Vital statistics of India. Vol. VI, European troops 1870-79
Year: 1870
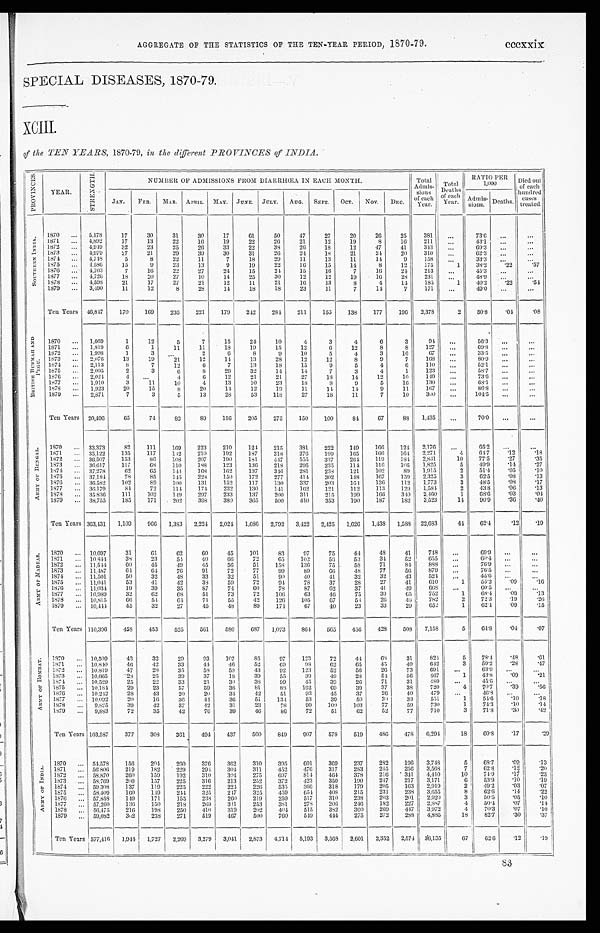
AGGREGATE OF THE STATISTICS OF THE TEN-YEAR PERIOD, 1870-79. cccxxix
SPECIAL DISEASES, 1870-79.
XCIII.
of the TEN YEARS, 1870-79, in the different PROVINCES of INDIA.
P R O V I N C E S .
YEAR.
S T R E N G T H .
NUMBER OF ADMISSIONS FROM DIARRHŒA IN EACH MONTH.
Total
Admis-
sions o f e a c h
Y e a
r .
Total D e a t h s
o f e a c h
Year.
RATIO PE
R
1,000
Died out
o f e a c h
hundred
c a s e s
treated.
JAN. FEB. MAR. APRIL.MAY. JUNE. JULY. AUG. SEPT. OCT. NOV. DEC.
A d m i s - s i o n s
Deaths.
S O U T H E R N I N D I A .
1870 ... 5,178
17
30
31
30
17
61
50
4 7 27
20
26
25
381 ...
73. 6
...
...
1871 ... 4,892
17
13
22
16
19
22
26
21
12
19
8
16 211
...
43. 1
...
...
1872 ... 4,949
32
23
25
26
33
22
38
26
18
12
47
41
343
. . .
69. 3
...
. . .
1873 ... 4,979
27
21
29
39
30
31
26
24
18
21
24
20
310
...
6 2 . 3 ...
...
1874 ... 4,748
5
8
22
11
7
18
29
1 1 13
11
14
9 158
. . .
33. 3
. . .
. . .
1875 ... 4,586
15
9
23
13
9
19
22
16
15
14
8
12
175
1
38. 2
. 2 2 .57
1876
. . . 4,703
7
16
22
27
24
15
24
15
16
7
16
24 213 ...
45. 3
...
. . .
1877 ... 4,726
18
20
27
10
14
25
30
12
12
19
16
28
231 ...
48.9 ...
...
1878 ... 4,598
21
17
27
21
12
11
21
16
13
8
4
14 185
1
40. 2
. 2 2 . 5 4
1879 ... 3,490
11
12
8
28
14
18
18
23
11
7
14
7
171 ...
49. 0
...
...
Ten Years 46,847
170
169
236
221
179
242
284 211
155
138
177
196 2,378
2
50. 8
. 0 4
. 0 8
B R I T I S H B U R M A H A N D
P E G U .
1870 ... 1,669
1
12
5
7
15
24
10
4
3
4
6
3
94
...
56.3 . . .
. . .
1871 ... 1,819
6
1
11
11
18
19
1 5 12
6
12
8
8
127
. . .
69.8 ...
...
1872 ... 1,998
1 3 ...
2
6
8
9
10
5
4
3
16
67 ...
33.5 ...
. . .
1873 ... 2,076
13
19
21
12
14
13
28
12
12
8
9 7
168 ...
80.9 ...
...
1874
. . . 2,113
8
7
12
6
7
13
18
15
9 5
4
6
110 ...
52.1
...
. . .
1875 ... 2,095
2
3
6
8
29
32
14
14
7
3
4
1
123
. . .
58.7 ...
. . .
1876 ... 2,024 4
. . .
4
6 12
21
21
27
18
14
12
10
149 ...
73.6
. . .
...
1877 ... 1,910
3
11
10
4
13
10
23
18
8
9 5
16
130
. . .
68.1 ...
. . .
1878 ... 1,923
20
15
8
20
14
12
19
11
14
14
9
11
167 ...
86.8 ...
. . .
1879 ... 2,871
7
3
5
13
28
53
118
27
18
11
7
10
300 ...
104.5 ...
...
Ten Years 20,496
65
74
82
89
156
205
275
150
100
84
67
88 1,435
. . .
70.0
. . .
...
A R M Y O F B E N G A L . 1870 ... 33,373
82
111
169
223
210
124 215
381
222
149
166 124 2,176
. . .
65.2 ...
...
1871 ... 35,122 135
117
142
210
192
187
318
276
199 165
166 164 2,271
4 64.7
. 1 2 .18
1872
. . . 36,507
153
8 6
108
207
190
181
4 4 7 555
337
264
119
184 2,831
10
77.5
. 2 7
.35
1873 ... 36,617
117
68
110
188
123
136
218
295
235
114
116 105 1,825
5
49.9
. 1 4 .27
1874 ... 37,278
6 2 65
144
168
162
137
346 281
238
121
102
89 1,915
2
51.4
. 0 5 .10
1875 ... 37,184
78
85
145
228 150
172
277
414 302
148
1 6 7 159 2,325
3 62.5
. 0 8 .13
187 6 ... 36,582
102
89
1 0 0
131
152
117
130
337
203
164
136 112 1,773
3
48.5
. 0 8 .17
1877 ... 36,179
84
72
114
174 232
130
141
162
121
112
113
129 1,584
2
43.8
. 0 6 .13
1878
. . . 35,836
111
102
149
297
233
137
200
311
215
199
166 340 2,460
1 68.6
. 0 3 . 0 4
1879 ... 38,755
185
171
202
398
380
365
500
410
353
190
187
182 3,523
14 90.9
. 3 6 .40
Ten Years 363,431 1,109
966 1,383 2,224 2,024 1,686 2,792 3,422 2,425 1,626 1,438 1,588 22,683
44 62.4
. 1 2 .19
A R M Y O F M A D R A S .
1870 ... 10,697
31
61
6 2
6 0 45
101
83
97
75
44
48
41
748 ...
69.9 ...
...
1871 ... 10,844
38
23
54
40
6 6
72
65
102
56
53
34
5 2 655 ...
60.4 ...
...
1872 ... 11,544
6 0 45
49
45
56
51
158
136
75
58
71
84
888 . . .
76.9 ...
. . .
1873 ... 11,487
64
6 4
76
91
72
77
99
89
6 6 48
77
56 879 ...
76.5
. . .
. . .
1874 ... 11,501
50
32
48
33
32
51
90
40
4 1 32
32
43
524
. . .
45.6 ...
. . .
1875
. . . 11,041
53
41
42
38
59
72
94
78
37
28
27
41
610
1
55.2
. 0 9 .16
1876 ... 11,034
19
39
35
87
74
60
78
87
62
37
41
49
668
. . .
60.5 ...
. . .
1877
. . . 10,989
32
62 68
51
73
72
106
63
46
75
39
65
752
1
68.4
. 0 9 .13
1878 ... 10,815
6 6 54
6 4 71
55
42
126 105
67
58
26
48 782
2
72.3
. 1 9 .26
1879 ... 10,444
4 5 32
27
45
48 89
174
67
40
23
33
29
652
1
62 . 4
. 0 9 .15
Ten Years 110,396
458
453
525
561
580
687 1,073
864 565
456
428
508 7,158
5
64.8
. 0 4 .07
A R M Y O F B O M B A Y .
1870 ... 10,509
43
32
29
93
107
85
9 7
123
72
44
68
31
824
5
78.4
. 4 8 . 6 1
1871 ... 10,840
4 6
42
3 3 4 4
46
52
69
98
6 2 65
45
40
642
3
59.2
. 2 8 .47
1872 ... 10,819
47
28
35
58
58
43
92
123
52
56
26
73
691 ...
63.9 ...
...
1873 ... 10,665
28
25
39
37
18
39
55
39
49
28
54
5 6 467
1
43.8
. 0 9 .21
1874 ... 10,529
25
22
33
21
30
38
99
45
39
26
71
31
480 ...
45.6 ...
...
1875 ... 10,184
29
23
57
59
38
81
8 8
162
69
39
37
38
720
4 70.7
. 3 9 .56
1876 ... 10,242
28
43
20
20
34
42
51
93
45
37
26
40
479 ...
46.8 ...
...
1877 ... 10,092
20
16
36
4 4
36
51
1 3 4 53
39
59
30
33
551
1
54.6
. 1 0 .18
1 8 7 8 ... 9,825
39
42
37
42
31
23
78
99 100
1 0 3 77
59
730
1
74.3
.10
. 1 4
1879 ... 9,883
72
35
42
76
39
46
86
72
51
62
52
77
710
3
71.8
. 3 0 .42
Ten Years 103,587
377
308 361
494
437
500
849
907
578
519
486
478 6,294
18
60.8
. 1 7
.29
A R M Y O F I N D I A .
1870 ... 54,578 156
204
260 376
362
310
395
601
369 237
282
196 3,748
5
68.7
. 0 9
.13
1871 ... 56,806 219 182
229 294 304 311
452
476 317
283
245 256 3,568
7
62.8
. 1 2 .20
1872 ... 58,870
260
159 192
310
304 275
697
814 464 378
216
341 4,410
10
74.9
. 1 7 .23
1873 ... 58,769 209 157
225
316 213
252
372
423
350
190
247
217 3,171
6
53.9
. 1 0 .19
1874 ... 59,308
137
119 225
222
224 226 535
366 318
1 7 9 205
163 2,919
2 49.2
. 0 3 .07
1875 ... 58,409
160
149
244 325
247
325
459
654 408
215
231
238 3,655
8
62.6
. 1 4 .22
1876 ... 57,858
149 171
155
238
260 219
259
517 310
238
203 201 2,920
3
50.5
. 0 5 .10
1877 ... 57,260 136
150
218
269 341
253
381
278
206 246
182
227 2,887
4 50.4
. 0 7 .14
1878 ... 56,475
216 198
250
410
319
202 404
515
382 360 269
447 3,972
4
70.3
. 0 7 .10
1879 ... 59,082
302
238
271
519
467 500
760
549
4 4 4 275
272
288 4,885
18 82.7
. 3 0 .37
Ten Years 577,41
6
1,9 4 4 1,727 2,269 3,279 3,041 2,873 4,714 5,193 3,568 2,601 2,352 2,574 36,135
67
62.6
.12
. 1 9
83